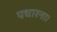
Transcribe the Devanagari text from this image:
पधारना।